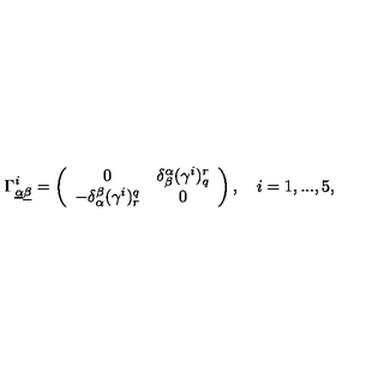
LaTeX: \Gamma _ { \underline { \alpha } \underline { \beta } } ^ { i } = \left( \begin{array} { c c } { 0 } & { \delta _ { \beta } ^ { \alpha } ( \gamma ^ { i } ) _ { q } ^ { r } } \\ { - \delta _ { \alpha } ^ { \beta } ( \gamma ^ { i } ) _ { r } ^ { q } } & { 0 } \\ \end{array} \right) , \quad i = 1 , . . . , 5 ,